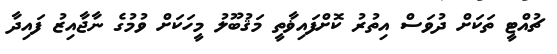
ޗުއްޓީ ތަކަށް ދުވަސް އިތުރު ކޮށްފައިޥާތީ މަޤުބޫލު މީހަކަށް ވުމުގެ ނާޖާއިޒު ފައިދާ